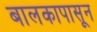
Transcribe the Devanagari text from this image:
बालकापासून